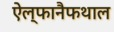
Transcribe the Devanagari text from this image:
ऐल्फानैफथाल